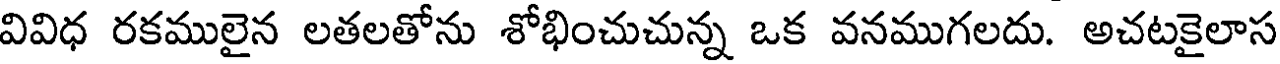
వివిధ రకములైన లతలతోను శోభించుచున్న ఒక వనముగలదు. అచటకైలాస